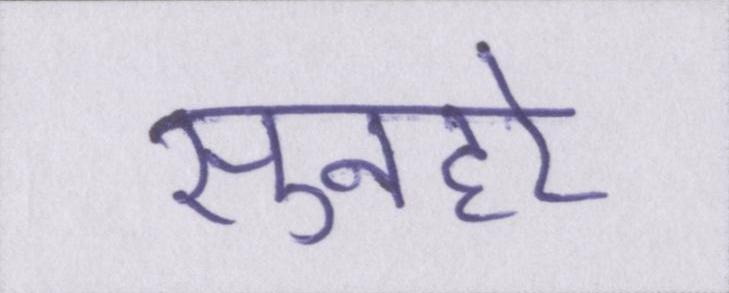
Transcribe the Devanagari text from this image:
सुनहरे